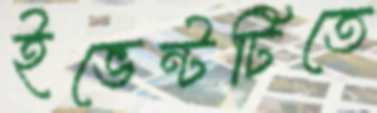
ইভেন্টটিতে